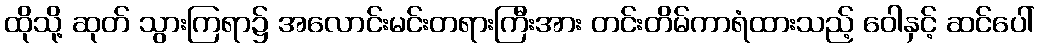
ထိုသို့ ဆုတ် သွားကြရာ၌ အလောင်းမင်းတရားကြီးအား တင်းတိမ်ကာရံထားသည့် ဝေါနှင့် ဆင်ပေါ်